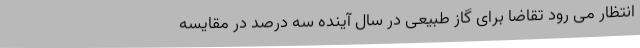
انتظار می رود تقاضا برای گاز طبیعی در سال آینده سه درصد در مقایسه